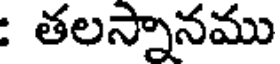
: తలస్నానము